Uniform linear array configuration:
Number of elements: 8
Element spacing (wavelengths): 0.75
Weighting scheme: hann
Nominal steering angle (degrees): -30
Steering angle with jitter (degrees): -29.32
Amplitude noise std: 0.05
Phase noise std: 0.05

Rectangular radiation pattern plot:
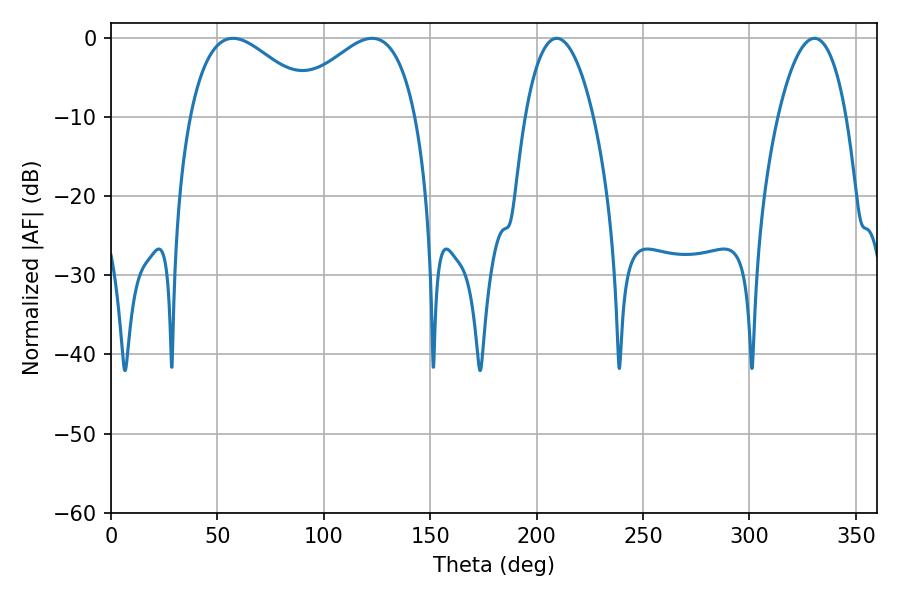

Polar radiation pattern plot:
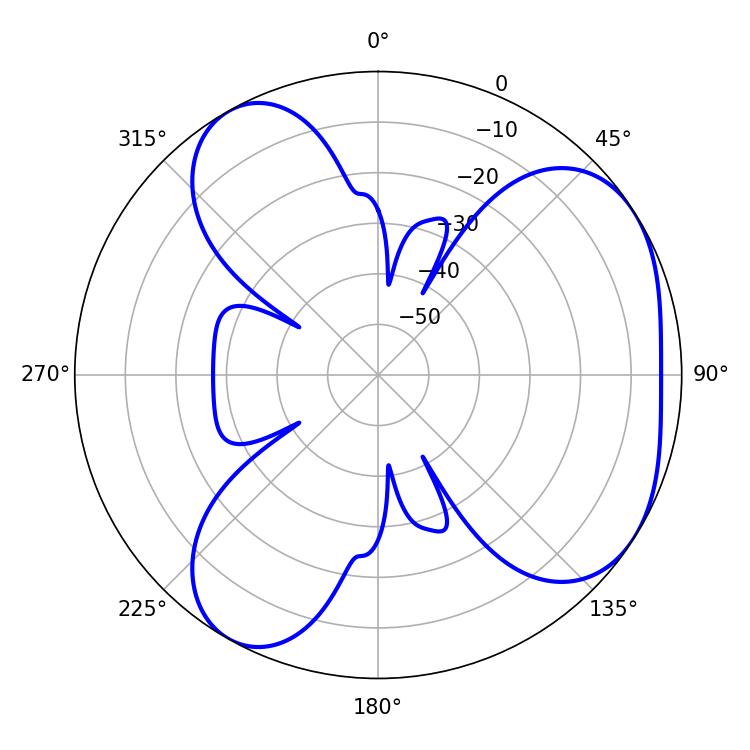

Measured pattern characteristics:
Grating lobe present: TRUE
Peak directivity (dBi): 4.63
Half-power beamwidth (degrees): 33.12
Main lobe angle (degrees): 57.24